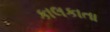
કાલકાતા